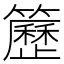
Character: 𥷒